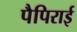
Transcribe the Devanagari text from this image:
पैपिराई